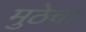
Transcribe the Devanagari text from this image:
मुठेचा